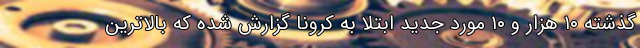
گذشته ۱۰ هزار و ۱۰ مورد جدید ابتلا به کرونا گزارش شده که بالاترین